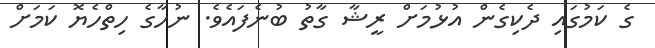
ގެ ކަމުގައި ދެކިގެން އުޅުމަށް ރީޝާ ގާތު ބުނެފައެވެ. ނުހާގެ ހިތްހެޔޮ ކަމަށް